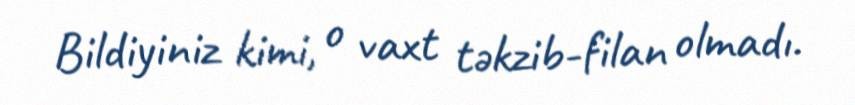
Bildiyiniz kimi, o vaxt təkzib-filan olmadı.